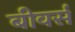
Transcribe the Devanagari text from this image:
बीवर्स